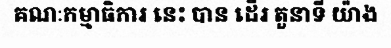
គណៈកម្មាធិការ នេះ បាន ដើរ តួនាទី យ៉ាង